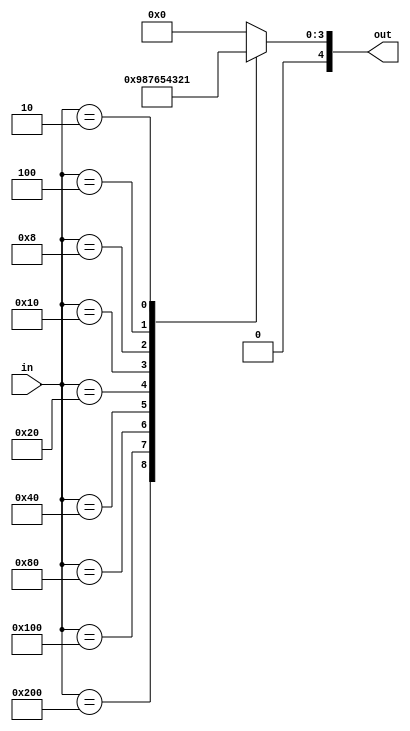
module BCDcoder (input [9:0] in, output reg [4:0] out);
  always @(in) begin
    case (in)
      10'b1000000000 : out=5'd9;
      10'b0100000000 : out=5'd8;
      10'b0010000000 : out=5'd7;
      10'b0001000000 : out=5'd6;
      10'b0000100000 : out=5'd5;
      10'b0000010000 : out=5'd4;
      10'b0000001000 : out=5'd3;
      10'b0000000100 : out=5'd2;
      10'b0000000010 : out=5'd1;
      10'b0000000001 : out=5'd0;
      default : out=5'd0;
    endcase
  end
endmodule